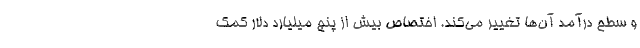
و سطح درآمد آن‌ها تغییر می‌کند. اختصاص بیش از پنج میلیارد دلار کمک‌